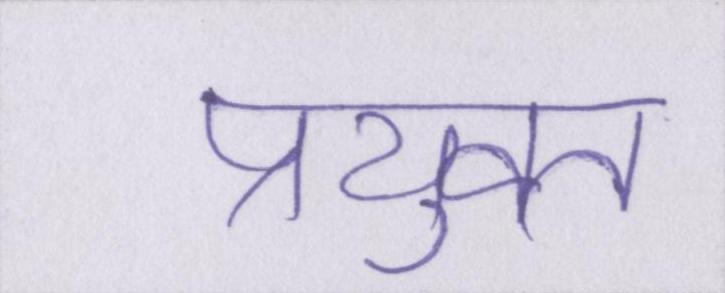
प्रयुक्त